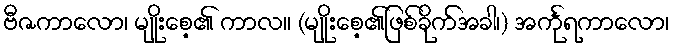
ဗီဇကာလော၊ မျိုးစေ့၏ ကာလ။ (မျိုးစေ့၏ဖြစ်ခိုက်အခါ၊) အင်္ကုရကာလော၊